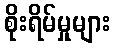
စိုးရိမ်မှုများ